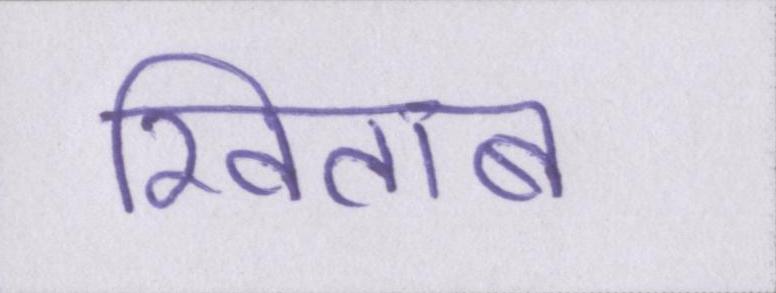
खिताब